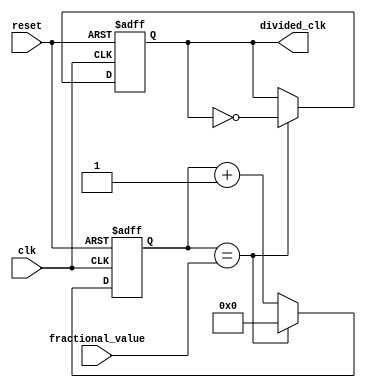
module fractional_clock_divider (
    input wire clk,
    input wire reset,
    input wire [7:0] fractional_value,
    output reg divided_clk
);

reg [7:0] counter;

always @(posedge clk or posedge reset) begin
    if (reset) begin
        counter <= 8'd0;
        divided_clk <= 1'b0;
    end else begin
        counter <= counter + 1;
        if (counter == fractional_value) begin
            counter <= 8'd0;
            divided_clk <= ~divided_clk;
        end
    end
end

endmodule